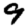
Digit: 9